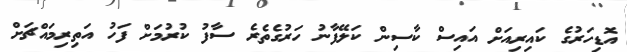
އޮޑިހަރުގެ ކައިރިއަށް އައިސް ކާސިން ކަލޭފާނު ހަރުގެތެރެ ސާފު ކުރުމަށް ފަހު އަތިރިމައްޗަށް